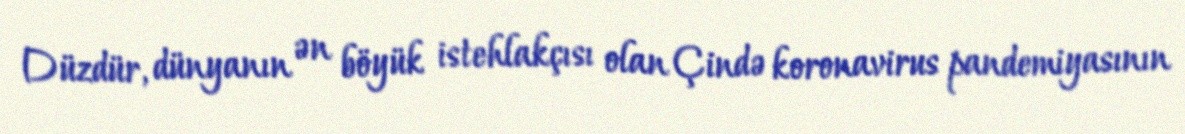
Düzdür, dünyanın ən böyük istehlakçısı olan Çində koronavirus pandemiyasının